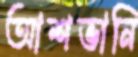
আশভানি